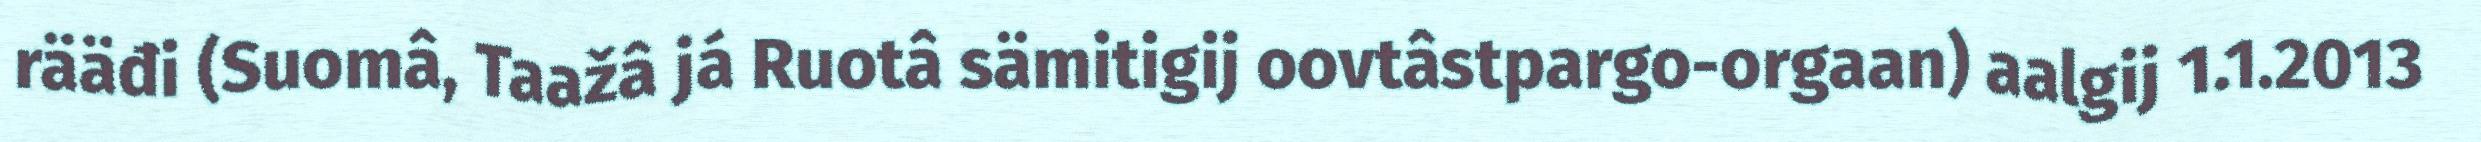
rääđi (Suomâ, Taažâ já Ruotâ sämitigij oovtâstpargo-orgaan) aalgij 1.1.2013